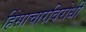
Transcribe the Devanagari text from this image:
हिंसाचारविरोधी